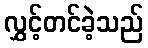
လွှင့်တင်ခဲ့သည်